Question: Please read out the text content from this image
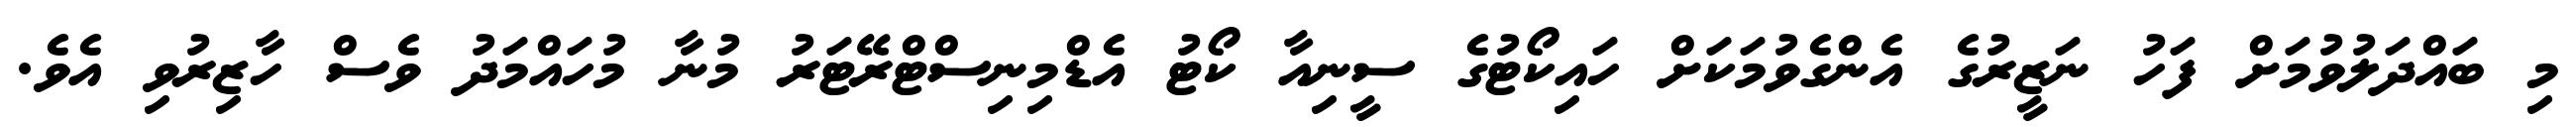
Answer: މި ބައްދަލުވުމަށް ފަހު ނަޒީރުގެ އެންގެވުމަކަށް ހައިކޯޓުގެ ސީނިއާ ކޯޓު އެޑްމިނިސްޓްރޭޓަރު މުނާ މުހައްމަދު ވެސް ހާޒިރުވި އެވެ.